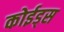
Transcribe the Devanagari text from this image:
कोईड्स